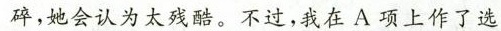
碎，她会认为太残酷。不过，我在A项上作了选